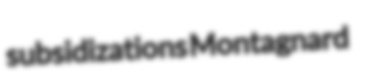
subsidizations Montagnard